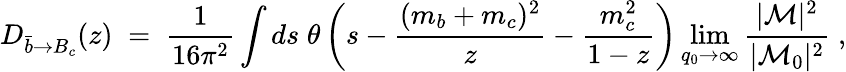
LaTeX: {D_{{\bar{b}}\rightarrow B_{c}}(z)\; =\; {\frac{1}{16\pi^{2}}}\int ds\; \theta\left(s-{\frac{(m_{b}+m_{c})^{2}}{z}}-{\frac{m_{c}^{2}}{1-z}}\right)\operatorname*{lim}_{q_{0}\rightarrow\infty}{\frac{|{\cal M}|^{2}}{|{\cal M}_{0}|^{2}}}\; ,}